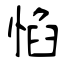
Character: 惂